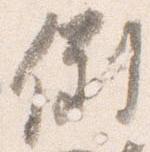
倒